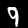
Label: 9